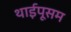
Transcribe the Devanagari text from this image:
थाईपूसम